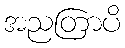
အညတြာပိ